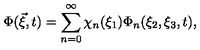
\Phi ( \vec { \xi } , t ) = \sum _ { n = 0 } ^ { \infty } \chi _ { n } ( \xi _ { 1 } ) \Phi _ { n } ( \xi _ { 2 } , \xi _ { 3 } , t ) ,